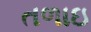
તળાઇ